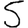
Digit: 5